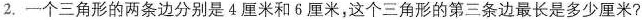
2. 一个三角形的两条边分别是4厘米和6厘米，这个三角形的第三条边最长是多少厘米?